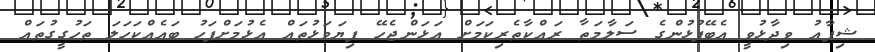
ޝިފާއު ވިދާޅުވީ އެބޭފުޅުންގެ ސަލާމަތާ ރައްކާތެރިކަމަށް އަޅަންޖެހޭ ފިޔަވަޅުތައް އެޅުމަށްފަހު ބައެއްކަހަލަ ތަހުގީގުތައް